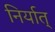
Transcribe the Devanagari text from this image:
निर्यात्‌